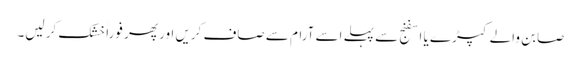
صابن والے کپڑے یا اسفنج سے پہلے اسے آرام سے صاف کریں اور پھر فوراََ خشک کر لیں۔